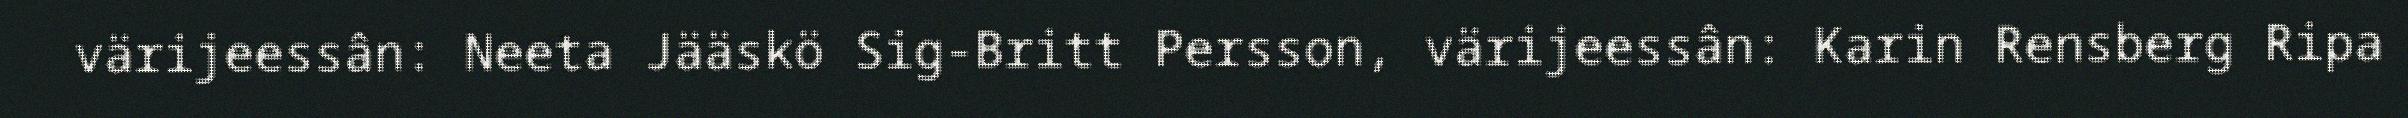
värijeessân: Neeta Jääskö Sig-Britt Persson, värijeessân: Karin Rensberg Ripa